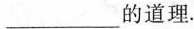
___的道理。